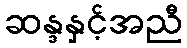
ဆန္ဒနှင့်အညီ